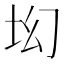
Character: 㘭